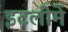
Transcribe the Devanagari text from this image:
इटलीमें